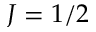
J = 1 / 2